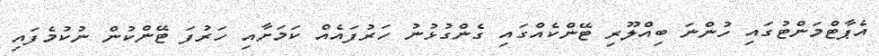
އެޕާޓްމަންޓުގައި ހުންނަ ބިއްލޫރި ޓޭންކެއްގައި ގެންގުޅުނު ހަރުފައެއް ކަމަށާއި ހަރުފަ ޓޭންކުން ނުކުމެފައި